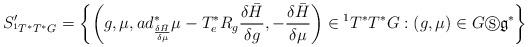
LaTeX: \begin{align*}S_{^{1}T^{\ast }T^{\ast }G}^{\prime }=\left\{ \left( g,\mu,ad_{\frac{\delta\bar{H}}{\delta \mu }}^{\ast }\mu -T_{e}^{\ast }R_{g}\frac{\delta \bar{H}}{\delta g},-\frac{\delta \bar{H}}{\delta \mu }\right) \in \text{}^{1}T^{\ast }T^{\ast }G:\left( g,\mu \right) \in G\circledS\mathfrak{g}^{\ast }\right\} \end{align*}